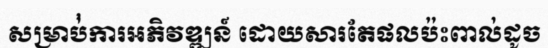
សម្រាប់់ការអភិវឌ្ឍន៍ ដោយសារតែផលប៉ះពាល់ដូច